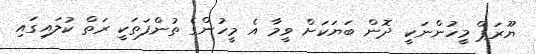
ޔޫރަޕް މީހުންނަކީ ދޮން ބަޔަކަށް ވީމާ އެ މީހުންގެ ތުންފަތަކީ ރަތް ކުލައިގައި